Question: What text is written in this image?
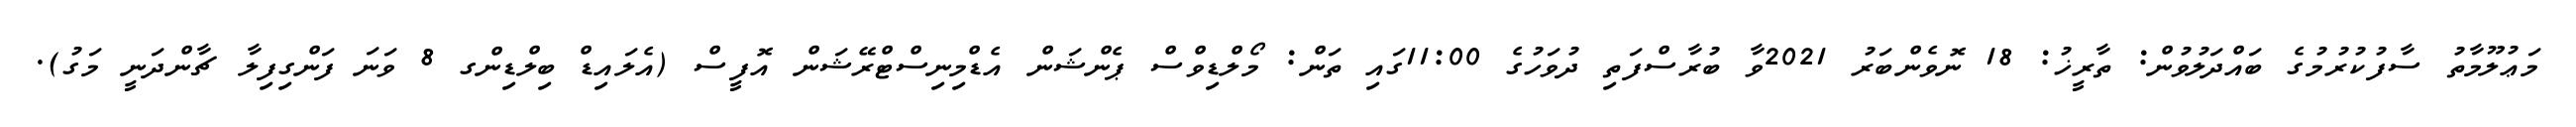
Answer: މަޢުލޫމާތު ސާފުކުރުމުގެ ބައްދަލުވުން: ތާރީޚު: 18 ނޮވެންބަރު 2021ވާ ބުރާސްފަތި ދުވަހުގެ 11:00ގައި ތަން: މޯލްޑިވްސް ޕެންޝަން އެޑްމިނިސްޓްރޭޝަން އޮފީސް (އެލައިޑް ބިލްޑިންގ 8 ވަނަ ފަންގިފިލާ ޗާންދަނީ މަގު).